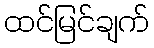
ထင်မြင်ချက်